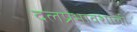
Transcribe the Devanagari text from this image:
दलप्रभावशाली